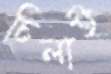
চিলাই